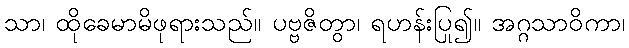
သာ၊ ထိုခေမာမိဖုရားသည်။ ပဗ္ဗဇိတွာ၊ ရဟန်းပြု၍။ အဂ္ဂသာဝိကာ၊